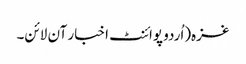
غزہ(اُردو پوائنٹ اخبار آن لائن۔